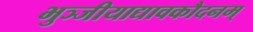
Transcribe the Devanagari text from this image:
भुञ्जीयाद्यावकौदनम्